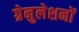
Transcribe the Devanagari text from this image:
ग्रेनुलेशनों